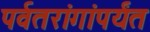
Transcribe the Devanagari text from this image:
पर्वतरांगांपर्यंत